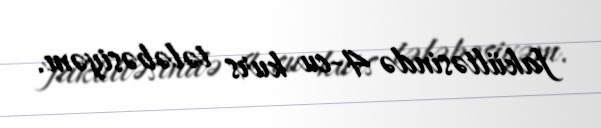
fakültəsində 4-cu kurs tələbəsiyəm.